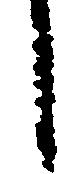
し